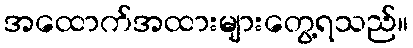
အထောက်အထားများတွေ့ရသည်။